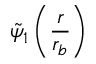
\tilde { \psi } _ { 1 } \left( \frac { r } { r _ { b } } \right)